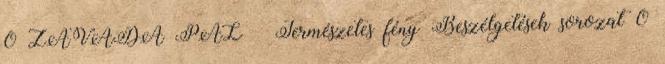
0 ZÁVADA PÁL – Természetes fény Beszélgetések sorozat 0